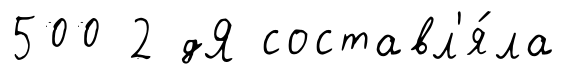
500 2 дЯ составл'я́ла